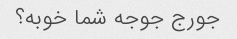
جورج جوجه شما خوبه؟